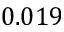
0 . 0 1 9